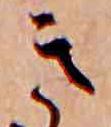
き